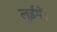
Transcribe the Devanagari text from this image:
लुईमें।